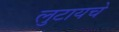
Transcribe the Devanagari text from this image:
लुटायचे